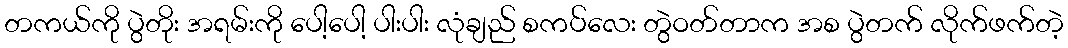
တကယ်ကို ပွဲတိုး အရမ်းကို ပေါ့ပေါ့ ပါးပါး လုံချည် စကပ်လေး တွဲဝတ်တာက အစ ပွဲတက် လိုက်ဖက်တဲ့